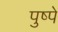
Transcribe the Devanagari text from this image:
पुष्पे